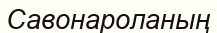
Савонароланың